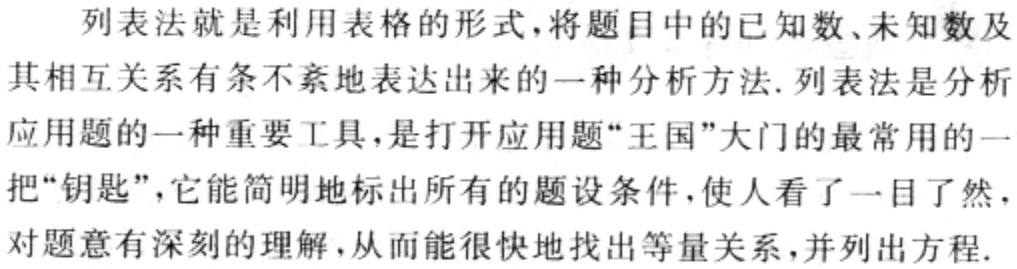
列表法就是利用表格的形式，将题目中的已知数、未知数及其相互关系有条不紊地表达出来的一种分析方法. 列表法是分析应用题的一种重要工具，是打开应用题“王国”大门的最常用的一把“钥匙”，它能简明地标出所有的题设条件，使人看了一目了然，对题意有深刻的理解，从而能很快地找出等量关系，并列出方程.